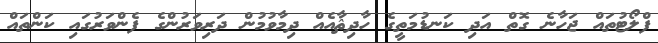
ފްލޯޓުތައް ޖަހާނެ ގޮތް އަދި ކަނޑުމަތީގެ ހާދިޘާއެއް ދިމާވުމުން ދަރިވަރުންގެ ފެންވަރުގައި ކަންތައް